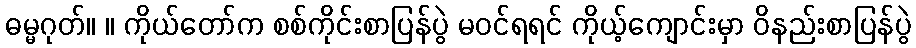
ဓမ္မဂုတ်။ ။ ကိုယ်တော်က စစ်ကိုင်းစာပြန်ပွဲ မဝင်ရရင် ကိုယ့်ကျောင်းမှာ ဝိနည်းစာပြန်ပွဲ